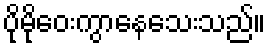
ပိုမိုဝေးကွာနေသေးသည်။